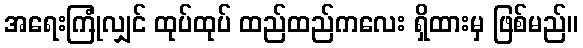
အရေးကြုံလျှင် ထုပ်ထုပ် ထည်ထည်ကလေး ရှိထားမှ ဖြစ်မည်။